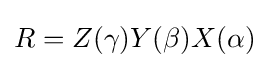
R=Z(\gamma )Y(\beta )X(\alpha )